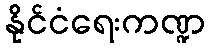
နိုင်ငံရေးကဏ္ဍ